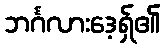
ဘင်္ဂလားဒေ့ရှ်၏